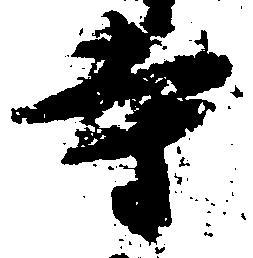
寺